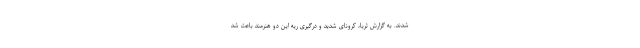
شدند. به گزارش ثریا، کرونای شدید و درگیری ریه این دو هنرمند باعث شد